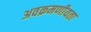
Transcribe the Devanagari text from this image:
अवक्रमणीयता